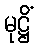
မုဋ္ဌိံ